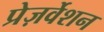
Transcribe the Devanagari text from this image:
प्रेज़र्वेशन